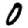
Digit: 0